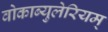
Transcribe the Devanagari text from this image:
वोकाब्युलेरियम्